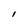
Character: l